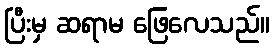
ပြီးမှ ဆရာမ ဖြေလေသည်။